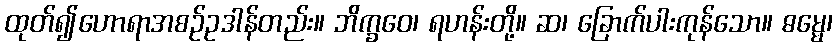
ထုတ်၍ဟောရာအစဉ်ဥဒါန်တည်း။ ဘိက္ခဝေ၊ ရဟန်းတို့။ ဆ၊ ခြောက်ပါးကုန်သော။ ဓမ္မေ၊